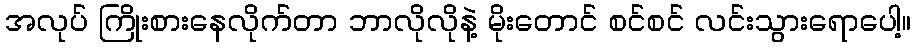
အလုပ် ကြိုးစားနေလိုက်တာ ဘာလိုလိုနဲ့ မိုးတောင် စင်စင် လင်းသွားရောပေါ့။